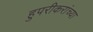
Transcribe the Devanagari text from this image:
हुपरीकरांच्या